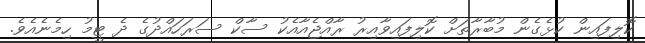
ކޮލިފައިން ކުޅެގެން މުބާރާތަށް ކޮލިފައިވާއިރު ރާއްޖެއާއެކު ސާކް ސަރަހައްދުގެ ދެ ޓީމު ހިމެނެއެވެ.